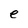
Character: e